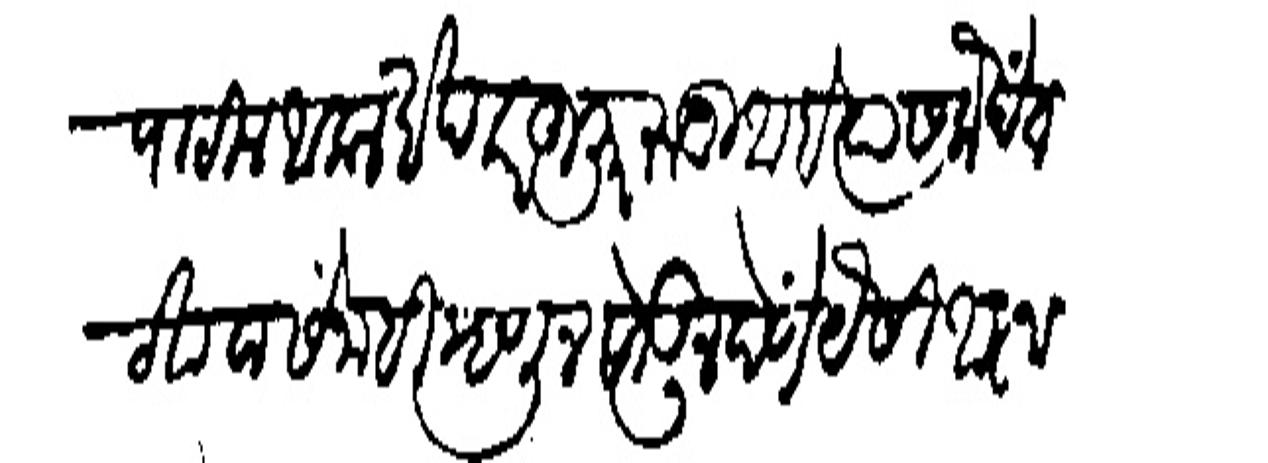
Transliteration (Devanagari): पाटील आकलखोपकर हजूर रजु आहे त्यास कंदेत ठेवावासें नाहीं म्हणून सोडून देणें यैसी आना